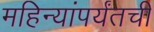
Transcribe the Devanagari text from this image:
महिन्यांपर्यंतची